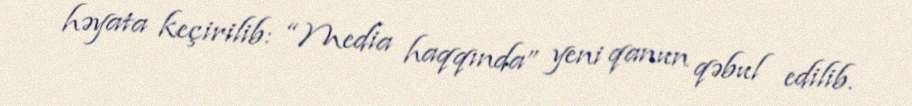
həyata keçirilib: “Media haqqında” yeni qanun qəbul edilib.